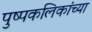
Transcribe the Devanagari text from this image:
पुष्पकलिकांच्या